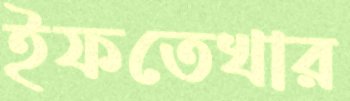
ইফতেখার